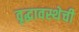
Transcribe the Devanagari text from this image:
वृद्धावस्थेची